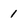
Character: 1